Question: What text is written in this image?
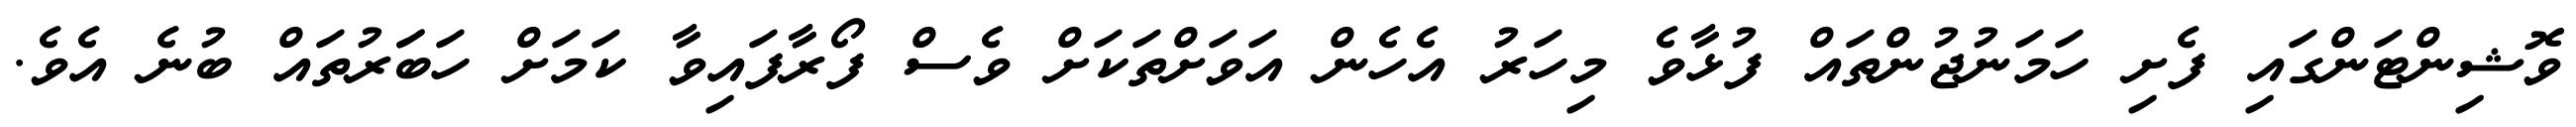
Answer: ވޮޝިންޓަންގައި ފެށި ހަމަނުޖުންތައް ފުޅާވެ މިހަރު އެހެން އަވަށްތަކަށް ވެސް ފޯރާފައިވާ ކަމަށް ހަބަަރުތައް ބުނެ އެވެ.